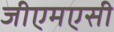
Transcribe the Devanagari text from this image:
जीएमएसी